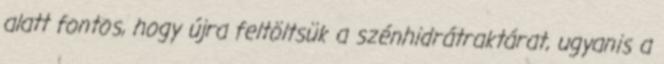
alatt fontos, hogy újra feltöltsük a szénhidrátraktárat, ugyanis a